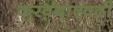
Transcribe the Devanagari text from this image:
करवंदाएवढी